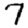
Digit: 7